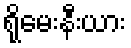
ရိုမေးနီးယား